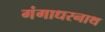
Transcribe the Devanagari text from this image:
गंगाधरनाथ